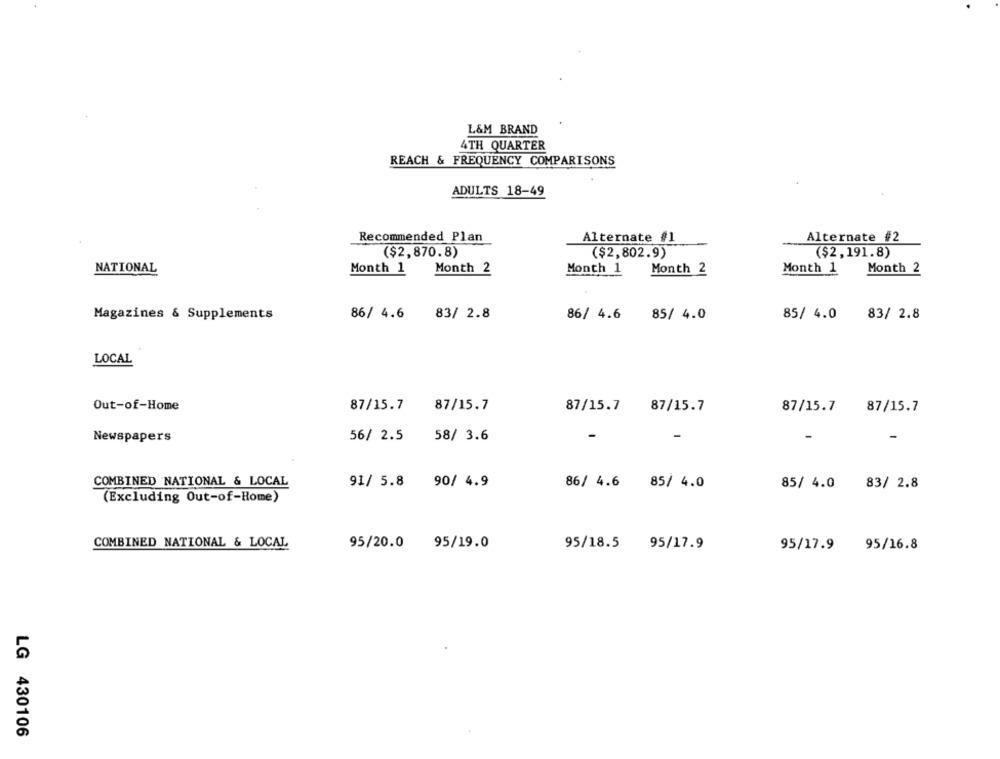
L&M BRAND
4TH QUARTER
REACH & FREQUENCY COMPARISONS
ADULTS 18-49
Recommended Plan
Alternate #1
Alternate #2
($2,870.8)
($2,802.9)
($2,191.8)
NATIONAL
Month 1
Month 2
Month 1
Month 2
Month 1
Month 2
Magazines & Supplements
86/ 4.6 83/ 2.8
86/ 4.6
85/ 4.0
85/ 4.0 83/ 2.8
LOCAL
Out-of-Home
87/15.7 87/15.7
87/15.7
87/15.7
87/15.7
87/15.7
Newspapers
56/ 2.5 58/ 3.6
-
-
-
-
COMBINED NATIONAL & LOCAL
91/ 5.8 90/ 4.9
86/ 4.6 85/ 4.0
85/ 4.0
83/ 2.8
(Excluding Out-of-Home)
COMBINED NATIONAL & LOCAL
95/20.0
95/19.0
95/18.5
95/17.9
95/17.9
95/16.8
LG 430106